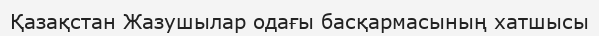
Қазақстан Жазушылар одағы басқармасының хатшысы